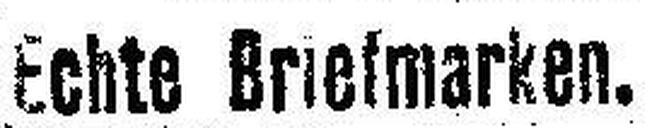
Echte Breitmarken.